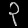
Digit: ၃